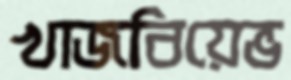
খাজবিয়েভ